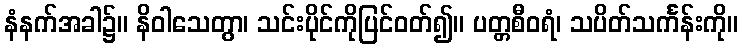
နံနက်အခါ၌။ နိဝါသေတွာ၊ သင်းပိုင်ကိုပြင်ဝတ်၍။ ပတ္တစီဝရံ၊ သပိတ်သင်္ကန်းကို။